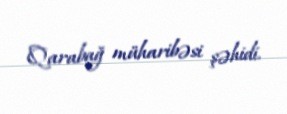
Qarabağ müharibəsi şəhidi.